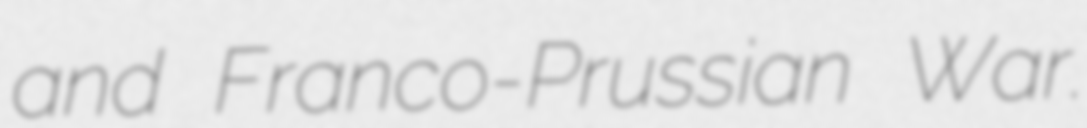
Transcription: and Franco-Prussian War.